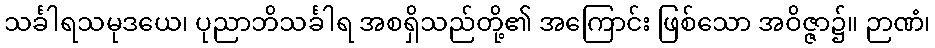
သင်္ခါရသမုဒယေ၊ ပုညာဘိသင်္ခါရ အစရှိသည်တို့၏ အကြောင်း ဖြစ်သော အဝိဇ္ဇာ၌။ ဉာဏံ၊